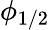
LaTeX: \phi_{1/2}